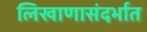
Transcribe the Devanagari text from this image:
लिखाणासंदर्भात